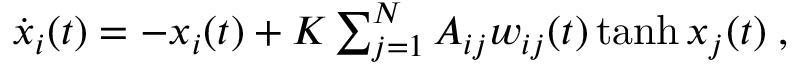
\begin{array} { r } { \dot { x } _ { i } ( t ) = - x _ { i } ( t ) + K \sum _ { j = 1 } ^ { N } A _ { i j } w _ { i j } ( t ) \operatorname { t a n h } { x _ { j } ( t ) } \; , } \end{array}